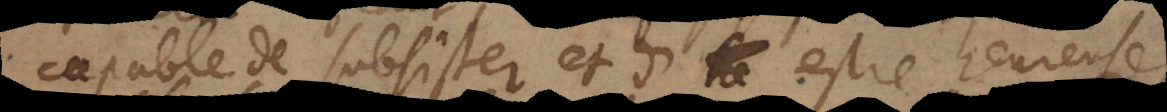
capable de subsister et d’estre heureuse,